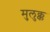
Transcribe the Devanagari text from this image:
मुलुक्क